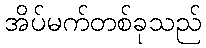
အိပ်မက်တစ်ခုသည်